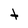
Character: t